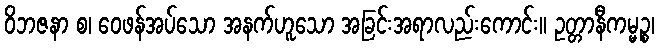
ဝိဘဇနာ စ၊ ဝေဖန်အပ်သော အနက်ဟူသော အခြင်းအရာလည်းကောင်း။ ဥတ္တာနီကမ္မဉ္စ၊